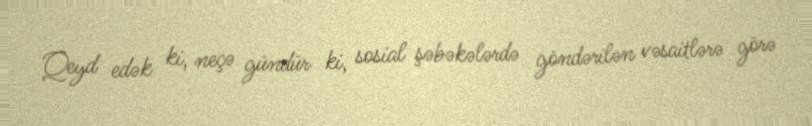
Qeyd edək ki, neçə gündür ki, sosial şəbəkələrdə göndərilən vəsaitlərə görə